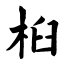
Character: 桕